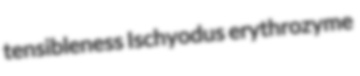
tensibleness Ischyodus erythrozyme